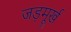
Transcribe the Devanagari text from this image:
जड़मूर्ख